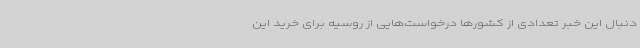
دنبال این خبر تعدادی از کشورها درخواست‌هایی از روسیه برای خرید این